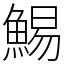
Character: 鯣